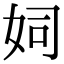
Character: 㚸